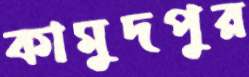
কামুদপুর